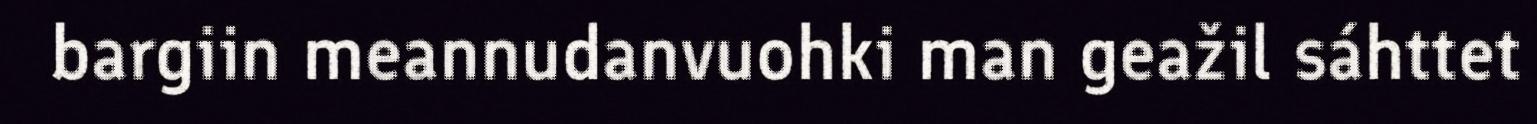
bargiin meannudanvuohki man geažil sáhttet